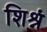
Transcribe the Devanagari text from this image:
शिश्नं